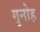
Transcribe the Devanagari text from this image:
गुनोह